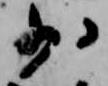
少